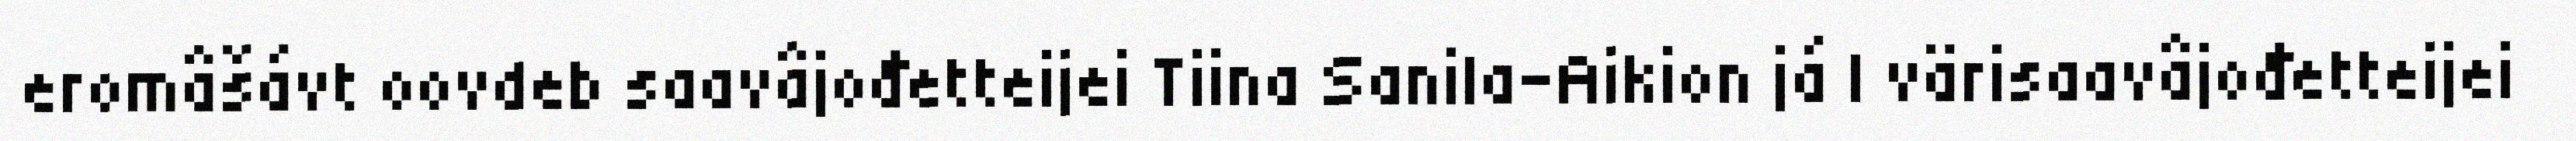
eromâšávt oovdeb saavâjođetteijei Tiina Sanila-Aikion já I värisaavâjođetteijei